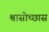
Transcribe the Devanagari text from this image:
श्वासोच्छास